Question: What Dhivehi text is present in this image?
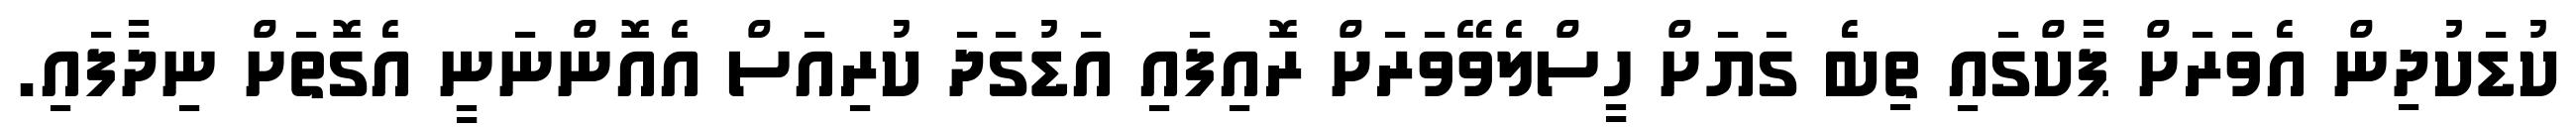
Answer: ކުޑަކުދިން އެވަރަށް ޕާކްގައި ތިބެ ގަޔަށް ހީސްލެވޭވަރަށް ރޮއިފައި އަޑުގަދަ ކުރިއަސް އެއޮންނަނީ އެގޮތަށް ނިދާފައި.